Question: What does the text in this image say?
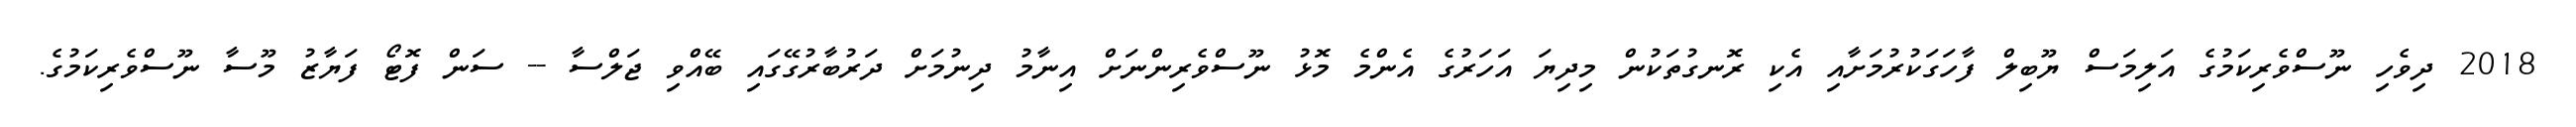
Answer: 2018 ދިވެހި ނޫސްވެރިކަމުގެ އަލިމަސް ޔޫބިލް ފާހަގަކުރުމަށާއި އެކި ރޮނގުތަކުން މިދިޔަ އަހަރުގެ އެންމެ މޮޅު ނޫސްވެރިންނަށް އިނާމު ދިނުމަށް ދަރުބާރުގޭގައި ބޭއްވި ޖަލްސާ -- ސަން ފޮޓޯ ފަޔާޒު މޫސާ ނޫސްވެރިކަމުގެ.